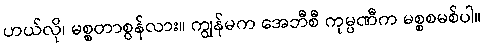
ဟယ်လို၊ မစ္စတာစွန်လား။ ကျွန်မက အေဘီစီ ကုမ္ပဏီက မစ္စစမစ်ပါ။